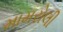
મામરોલી